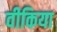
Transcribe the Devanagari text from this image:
वीकिया